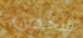
شخص